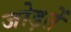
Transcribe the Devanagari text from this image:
जोड़तें